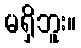
မရှိဘူး။